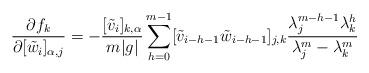
LaTeX: \begin{align*}\frac{\partial f_k}{\partial[\tilde{w}_i]_{\alpha,j}}=-\frac{[\tilde{v}_i]_{k,\alpha}}{m|g|}\sum_{h=0}^{m-1}[\tilde{v}_{i-h-1}\tilde{w}_{i-h-1}]_{j,k}\frac{\lambda_j^{m-h-1}\lambda_k^h}{\lambda_j^m-\lambda_k^m}\end{align*}